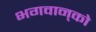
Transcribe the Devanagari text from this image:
भगवान्‌को